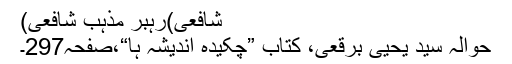
شافعی)رہبر مذہب ِشافعی)
حوالہ سید یحییٰ برقعی، کتاب ”چکیدہ اندیشہ ہا“،صفحہ297۔